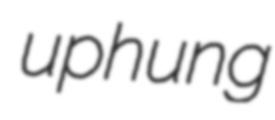
uphung